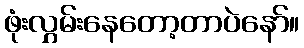
ဖုံးလွှမ်းနေတော့တာပဲနော်။